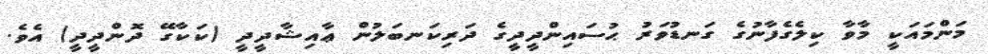
މަންމައަކީ މާވާ ކިލެގެފާނުގެ ގަނޑުވަރު ޙުސައިންދީދީގެ ދަރިކަނބަލުން ޢާއިޝާދީދީ (ކަކާގޭ ދޮންދީދީ) އެވެ.